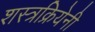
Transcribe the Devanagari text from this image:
शस्त्रक्रियेनी